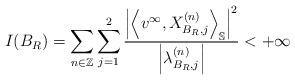
LaTeX: \begin{align*} I(B_R) = \sum_{n \in \mathbb{Z}}\sum_{j=1}^2 \frac{\left|\left\langle v^{\infty}, X^{(n)}_{B_R, j}\right\rangle_{\mathbb{S}}\right|^{2}}{\left|\lambda^{(n)}_{B_R, j}\right|} < + \infty \end{align*}